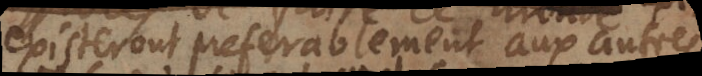
existeront preferablement aux autres